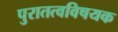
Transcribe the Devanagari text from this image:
पुरातत्वविषयक